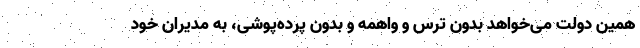
همین دولت می‌خواهد بدون ترس و واهمه و بدون پرده‌پوشی، به مدیران خود